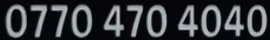
0770 470 4040